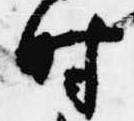
時